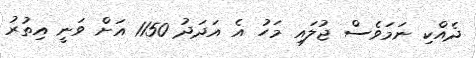
ދެއްކި ނަމަވެސް ޖުލައި މަހު އެ އަދަދު 1150 އަށް ވަނީ އިތުރު